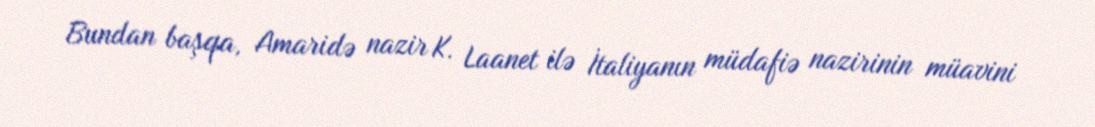
Bundan başqa, Amaridə nazir K. Laanet ilə İtaliyanın müdafiə nazirinin müavini